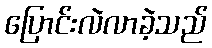
ပြောင်းလဲလာခဲ့သည်